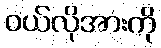
ဝယ်လိုအားကို